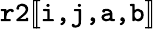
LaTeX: \texttt{r2}[\! [\texttt{i,j,a,b}]\! ]